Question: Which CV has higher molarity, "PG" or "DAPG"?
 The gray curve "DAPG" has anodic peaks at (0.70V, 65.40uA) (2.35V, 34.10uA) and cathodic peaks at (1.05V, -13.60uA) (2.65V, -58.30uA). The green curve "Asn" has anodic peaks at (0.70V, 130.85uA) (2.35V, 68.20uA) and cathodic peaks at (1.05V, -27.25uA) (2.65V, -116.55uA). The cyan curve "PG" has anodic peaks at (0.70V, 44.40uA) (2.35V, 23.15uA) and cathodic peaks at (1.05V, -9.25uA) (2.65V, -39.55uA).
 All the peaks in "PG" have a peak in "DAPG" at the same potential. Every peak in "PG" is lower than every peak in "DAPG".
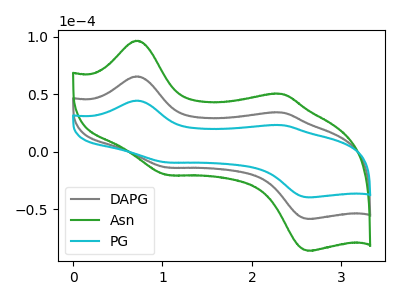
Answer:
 <answer>"PG" has less signal than "DAPG" and so likely has a lower concentration.</answer>
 <eval>less_concentration</eval>